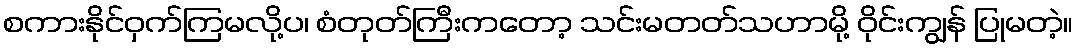
စကားနိုင်ဝှက်ကြမလို့ပ၊ စံတုတ်ကြီးကတော့ သင်းမတတ်သဟာမို့ ဝိုင်းကျွန် ပြုမတဲ့။